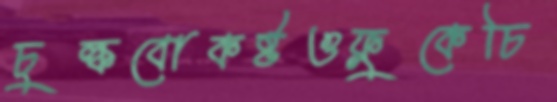
চুল্‌কবোকষ্টওফ্লুকেচি